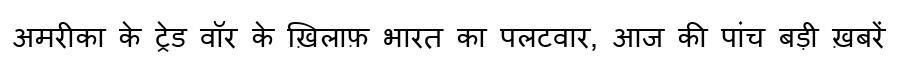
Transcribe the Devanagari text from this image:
अमरीका के ट्रेड वॉर के ख़िलाफ़ भारत का पलटवार, आज की पांच बड़ी ख़बरें